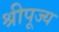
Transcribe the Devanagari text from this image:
श्रीपूज्य